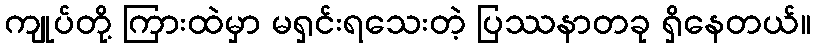
ကျုပ်တို့ ကြားထဲမှာ မရှင်းရသေးတဲ့ ပြဿနာတခု ရှိနေတယ်။